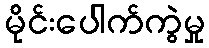
မိုင်းပေါက်ကွဲမှု